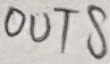
Text: OUTS